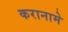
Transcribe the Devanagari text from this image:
करानामे